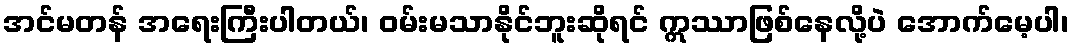
အင်မတန် အရေးကြီးပါတယ်၊ ဝမ်းမသာနိုင်ဘူးဆိုရင် ဣဿာဖြစ်နေလို့ပဲ အောက်မေ့ပါ၊